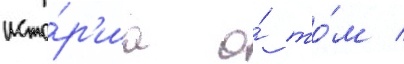
исто́р'иа о́ то́м /